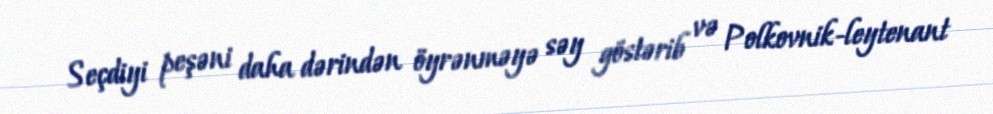
Seçdiyi peşəni daha dərindən öyrənməyə səy göstərib və Polkovnik-leytenant